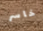
خاسر